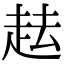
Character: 𧺷